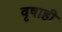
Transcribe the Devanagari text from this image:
वृषाही